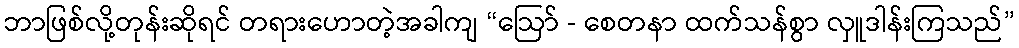
ဘာဖြစ်လို့တုန်းဆိုရင် တရားဟောတဲ့အခါကျ “ဩော် - စေတနာ ထက်သန်စွာ လှူဒါန်းကြသည်”